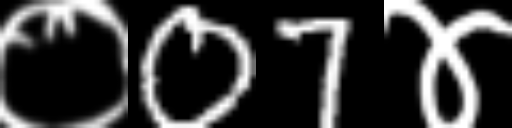
Text: ०07४